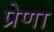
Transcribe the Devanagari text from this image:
प्रेणा